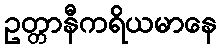
ဥတ္တာနီကရိယမာနေ